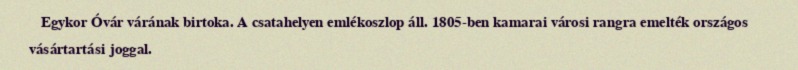
Egykor Óvár várának birtoka. A csatahelyen emlékoszlop áll. 1805-ben kamarai városi rangra emelték országos vásártartási joggal.